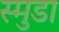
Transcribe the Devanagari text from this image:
स्मुडा